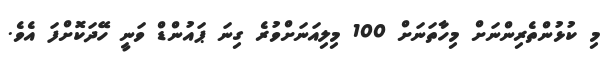
މި ކުޅުންތެރިންނަށް މިހާތަނަށް 100 މިލިއަނަށްވުރެ ގިނަ ޕައުންޑް ވަނީ ހޭދަކޮށްފަ އެވެ.